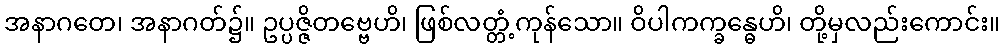
အနာဂတေ၊ အနာဂတ်၌။ ဥပ္ပဇ္ဇိတဗ္ဗေဟိ၊ ဖြစ်လတ္တံ့ကုန်သော။ ဝိပါကက္ခန္ဓေဟိ၊ တို့မှလည်းကောင်း။